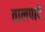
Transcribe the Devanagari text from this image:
तालपादे